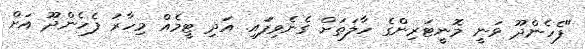
"ފެހެންދޫ ވަނީ މޮނީޓަރިންގެ ހާލަތަށް ގެނެވިފަައި. އަދި ޓީމެއް މިހާރު ފެހެންދޫ އަށް